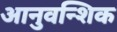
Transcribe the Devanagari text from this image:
आनुवन्शिक